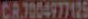
CR.7004977125